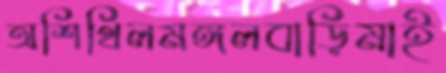
অশিথিলমঙ্গলবাড়িমাই